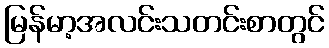
မြန်မာ့အလင်းသတင်းစာတွင်